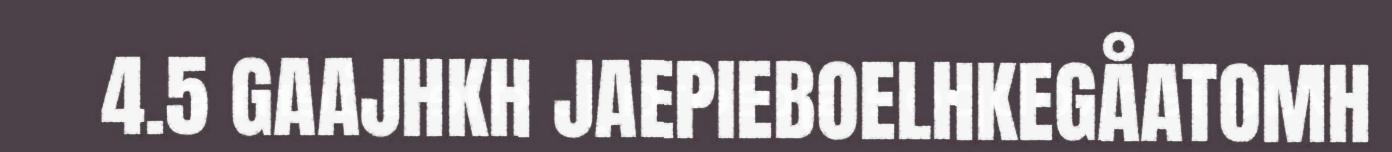
4.5 GAAJHKH JAEPIEBOELHKEGÅATOMH